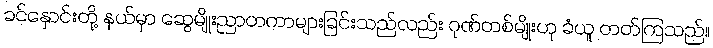
ခင်နှောင်းတို့ နယ်မှာ ဆွေမျိုးညာတကာများခြင်းသည်လည်း ဂုဏ်တစ်မျိုးဟု ခံယူ တတ်ကြသည်။